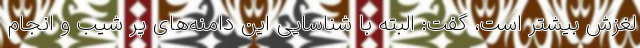
لغزش بیشتر است، گفت: البته با شناسایی این دامنه‌های پر شیب و انجام